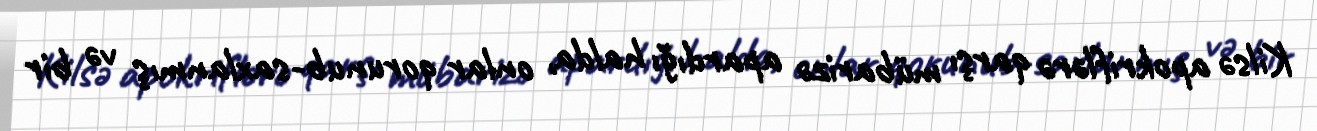
Kilsə apokriflərə qarşı mübarizə apardığı halda, onlar qorunub-saxlanmış və bir